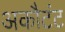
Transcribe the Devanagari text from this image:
अकौटंट